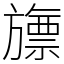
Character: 旚